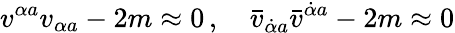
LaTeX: v^{\alpha{}a}v_{\alpha{}a}-2m\approx 0\, ,\quad\bar{v}_{\dot{\alpha}{}a}\bar{v}^{\dot{\alpha}{}a}-2m\approx 0